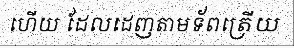
ហើយ ដែលដេញតាមទ័ពត្រើយ